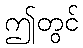
ဤတွင်